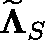
\widetilde { \mathbf { \Lambda } } _ { S }